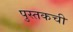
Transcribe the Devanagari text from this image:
पुस्तकची